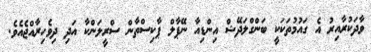
ވާދަކުރާއިރު އެ ގައުމުތަކަކީ ބަންގްލަދޭޝް އިންޑިއާ ނޭޕާލް ޕާކިސްތާން ސްރީލަންކާ އަދި ދިވެހިރާއްޖެއެވެ.